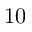
1 0